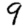
Digit: 9